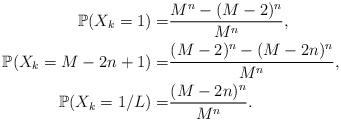
LaTeX: \begin{align*}\mathbb{P}(X_k = 1) = & \frac{M^n - (M-2)^n}{M^n}, \\\mathbb{P}(X_k = M-2n+1) = & \frac{(M-2)^n - (M-2n)^n}{M^n}, \\\mathbb{P}(X_k = 1/L) = & \frac{(M-2n)^n}{M^n} .\end{align*}